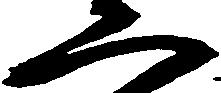
二